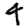
Digit: 4